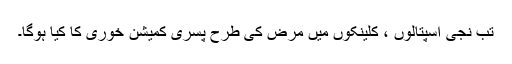
تب نجی اسپتالوں ، کلینکوں میں مرض کی طرح پسری کمیشن خوری کا کیا ہوگا۔